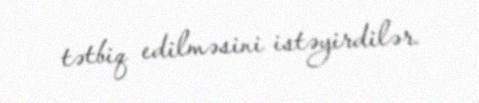
tətbiq edilməsini istəyirdilər.